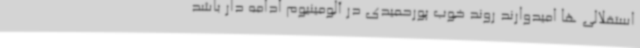
استقلالی ها امیدوارند روند خوب پورحمیدی در آلومینیوم ادامه دار باشد